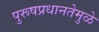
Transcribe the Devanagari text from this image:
पुरूषप्रधानतेमुळे